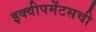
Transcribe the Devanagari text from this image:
इक्वीपमेंटसची